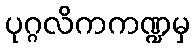
ပုဂ္ဂလိကကဏ္ဍမှ